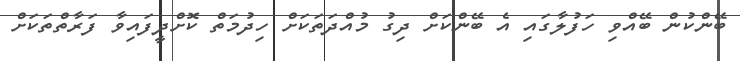
ބޭންކުން ބޭއްވި ހަފުލާގައި އެ ބޭންކަށް ދިގު މުއްދަތަކަށް ހިދުމަތް ކޮށްދީފައިވާ ފަރާތްތަކަށް